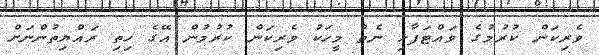
ވެރިކަން ކުރުމުގެ ވައްޓަފާޅި ނެތް މީހަކު ވެރިކަން ކުރުމުން އޭގެ ހިތި ރައްޔިތުންނަށް